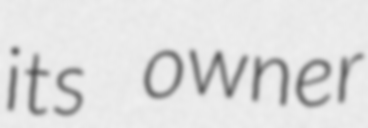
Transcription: its owner